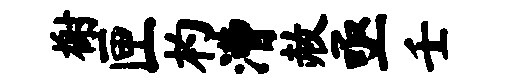
榭匣杓漕赦亟壬